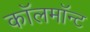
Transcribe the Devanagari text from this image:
कॉलमॉन्ट